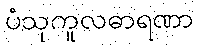
ပံသုကူလဓာရဏာ